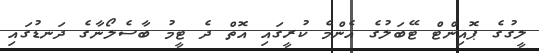
ލީގުގެ ޕޮއިންޓް ޓޭބަލުގެ އެންމެ ކުރީގައި އޮތް ދެ ޓީމު ބާސެލޯނާގެ ދަނޑުގައި